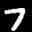
Label: 7